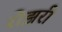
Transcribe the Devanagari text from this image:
रोझरी